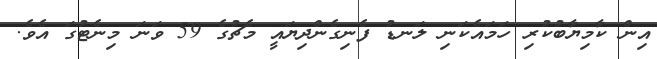
އިން ކާމިޔާބުކުރި ހަމައެކަނި ލަނޑު ފެނިގެންދިޔައީ މެޗުގެ 59 ވަނަ މިނެޓުގަ އެވެ.